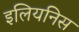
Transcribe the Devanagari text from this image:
इलियनिस